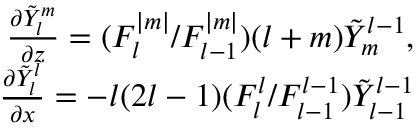
\begin{array} { r } { \frac { \partial \tilde { Y } _ { l } ^ { m } } { \partial z } = ( { F _ { l } ^ { | m | } } / { F _ { l - 1 } ^ { | m | } } ) ( l + m ) \tilde { Y } _ { m } ^ { l - 1 } , } \\ { \frac { \partial \tilde { Y } _ { l } ^ { l } } { \partial x } = - l ( 2 l - 1 ) ( { F _ { l } ^ { l } } / { F _ { l - 1 } ^ { l - 1 } } ) \tilde { Y } _ { l - 1 } ^ { l - 1 } } \end{array}